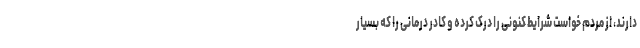
دارند، از مردم خواست شرایط کنونی را درک کرده و کادر درمانی را که بسیار